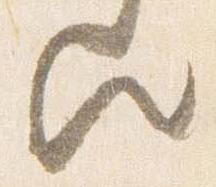
歟